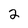
Character: 2